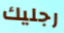
رجليك